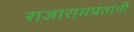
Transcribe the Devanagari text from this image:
राजारामपंतांनी